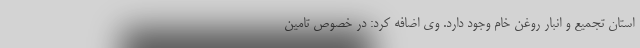
استان تجمیع و انبار روغن خام وجود دارد. وی اضافه کرد: در خصوص تامین